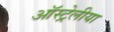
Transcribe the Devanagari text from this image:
ऑस्ट्रेलीया